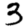
Digit: 3